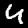
Digit: 4